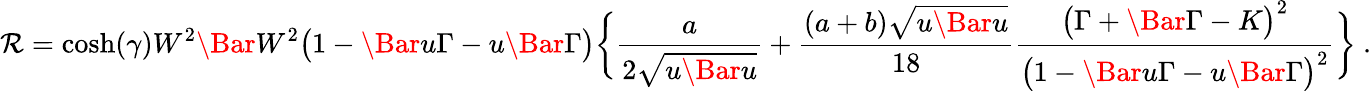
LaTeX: \mathcal R=\cosh({\gamma})W^{2}\Bar{W}^{2}\big(1-\Bar{u}\Gamma-u\Bar{\Gamma}\big)\bigg\{ \frac{a}{2\sqrt{u\Bar{u}}}+\frac{(a+b)\sqrt{u\Bar{u}}}{18}\frac{\big(\Gamma+\Bar{\Gamma}-K\big)^{2}}{\big(1-\Bar{u}\Gamma-u\Bar{\Gamma}\big)^{2}}\bigg\} ~.